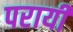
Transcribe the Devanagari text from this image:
परायी